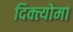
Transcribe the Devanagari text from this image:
दिक्त्योमा